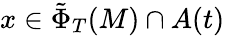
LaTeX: x\in\tilde{\Phi}_{T}(M)\cap A(t)